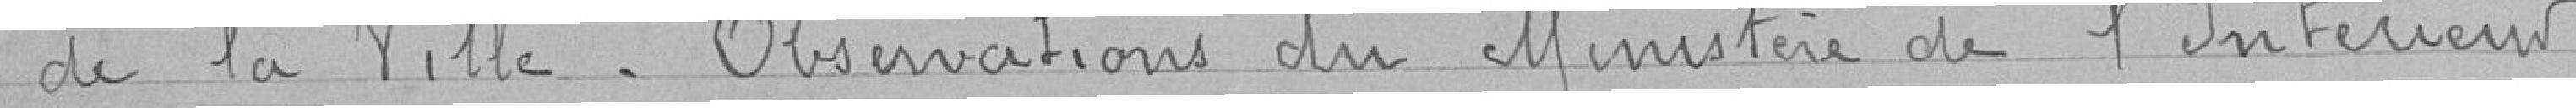
de la Ville . Observations du Ministère de l'Intérieur